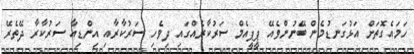
ހަމައެގޮތަށް އަޅުގަނޑުމެން ބޭނުންވެއޭ ޕީޕީއެމް ސަރުކާރެއްގައި ދިވެހި ސަރުކާރާއި އިންޑިއާ ސަރުކާރާ ދޭތެރޭ